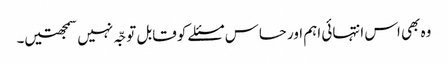
وہ بھی اس انتہائی اہم اور حساس مسئلے کو قابل توجّہ نہیں سمجھتیں۔